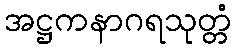
အဋ္ဌကနာဂရသုတ္တံ